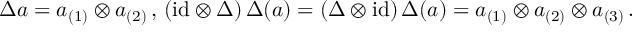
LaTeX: \Delta a = a _ { ( 1 ) } \otimes a _ { ( 2 ) } \, , \, ( \mathrm { i d } \otimes \Delta ) \, \Delta ( a ) = ( \Delta \otimes \mathrm { i d } ) \, \Delta ( a ) = a _ { ( 1 ) } \otimes a _ { ( 2 ) } \otimes a _ { ( 3 ) } \, .